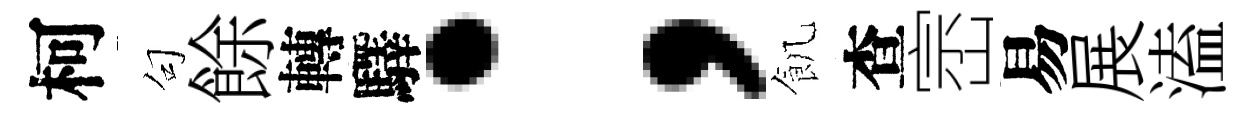
柯句餘轉驛；飢查崈易展溘